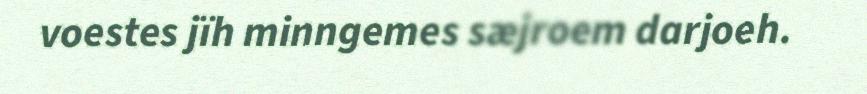
voestes jïh minngemes sæjroem darjoeh.